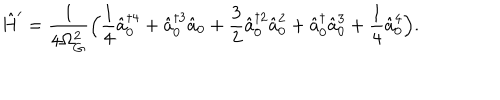
\hat { H } ^ { \prime } = \frac { 1 } { 4 \Omega _ { G } ^ { 2 } } \Bigl ( \frac { 1 } { 4 } \hat { a } _ { 0 } ^ { \dagger 4 } + \hat { a } _ { 0 } ^ { \dagger 3 } \hat { a } _ { 0 } + \frac { 3 } { 2 } \hat { a } _ { 0 } ^ { \dagger 2 } \hat { a } _ { 0 } ^ { 2 } + \hat { a } _ { 0 } ^ { \dagger } \hat { a } _ { 0 } ^ { 3 } + \frac { 1 } { 4 } \hat { a } _ { 0 } ^ { 4 } \Bigr ) .